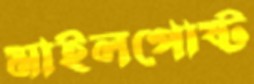
মাইলপোষ্ট